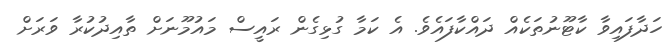
ހަދާފައިވާ ކާޓޫނުތަކެއް ދައްކާފައެވެ. އެ ކަމާ ގުޅިގެން ރައީސް މައުމޫނަށް ތާއިދުކުރާ ވަރަށް